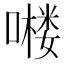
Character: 𱔹